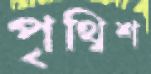
পৃথ্বিশ